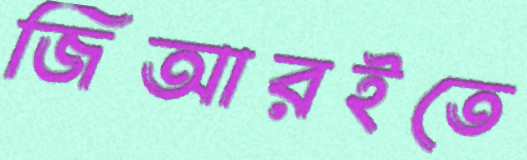
জিআরইতে